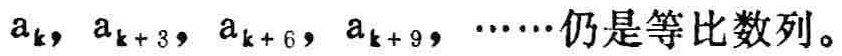
\(a_{k}, a_{k + 3}, a_{k + 6}, a_{k + 9}, \cdots\)仍是等比数列。